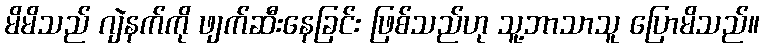
မိမိသည် ဂျဲနက်ကို ဖျက်ဆီးနေခြင်း ဖြစ်သည်ဟု သူ့ဘာသာသူ ပြောမိသည်။